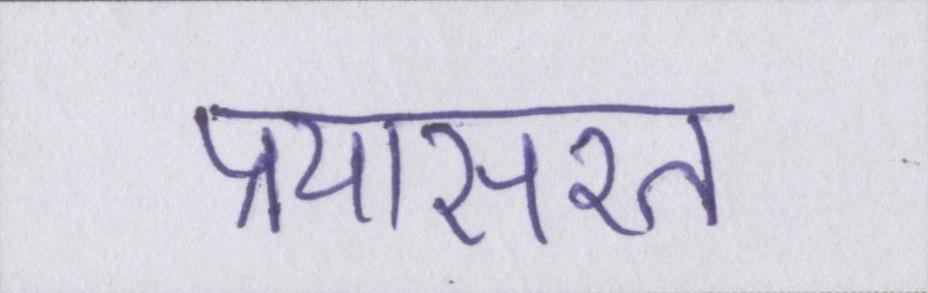
प्रयासरत